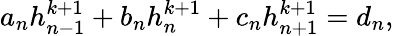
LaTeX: a_{n}h_{n-1}^{k+1}+b_{n}h_{n}^{k+1}+c_{n}h_{n+1}^{k+1}=d_{n},